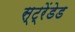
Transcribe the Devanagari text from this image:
स्ट्रेंडेड